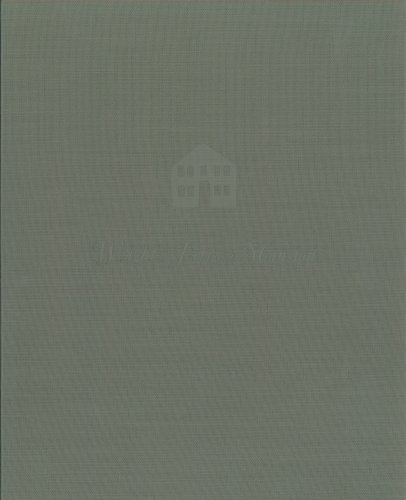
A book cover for Wright's Ferry Mansion: vol. 1 & 2 Hardcover Set in Slipcase (Volume 1); Elizabeth Meg Schaefer; Crafts, Hobbies & Home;